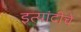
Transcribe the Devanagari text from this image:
इत्यांदीचे